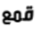
قمع